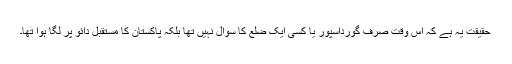
حقیقت یہ ہے کہ اُس وقت صرف گورداسپور یا کسی ایک ضلع کا سوال نہیں تھا بلکہ پاکستان کا مستقبل دائو پر لگا ہوا تھا۔